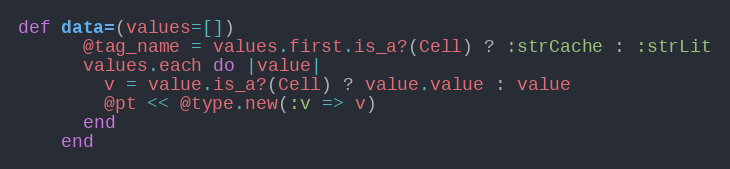
Language: Ruby
def data=(values=[])
      @tag_name = values.first.is_a?(Cell) ? :strCache : :strLit
      values.each do |value|
        v = value.is_a?(Cell) ? value.value : value
        @pt << @type.new(:v => v)
      end
    end